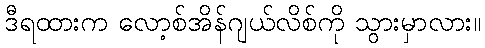
ဒီရထားက လော့စ်အိန်ဂျယ်လိစ်ကို သွားမှာလား။